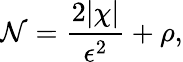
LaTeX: \mathcal{N}=\frac{{2\lvert\chi\rvert}}{{\epsilon^{2}}}+\rho,